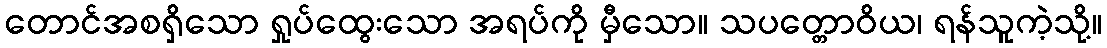
တောင်အစရှိသော ရှုပ်ထွေးသော အရပ်ကို မှီသော။ သပတ္တောဝိယ၊ ရန်သူကဲ့သို့။